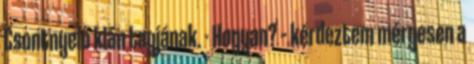
Csontnyelő klán tagjának. - Hogyan? – kérdeztem mérgesen a